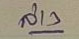
ล่าง